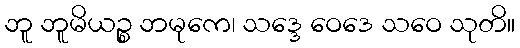
ဘူ ဘူမိယဉ္စ ဘမုကေ၊ သဒ္ဒေ ဝေဒေ သဝေ သုတိ။